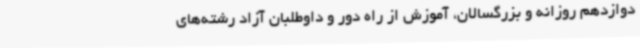
دوازدهم روزانه و بزرگسالان، آموزش از راه دور و داوطلبان آزاد رشته‌های